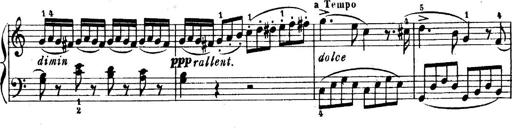
Title: 6 Piano Sonatinas
Composer: Cornelius Gurlitt